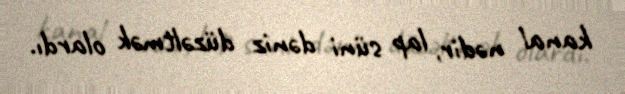
kanal nədir, lap süni dəniz düzəltmək olardı.